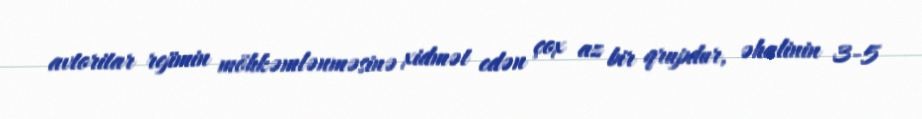
avtoritar rejimin möhkəmlənməsinə xidmət edən çox az bir qrupdur, əhalinin 3-5